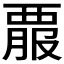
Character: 𧟵